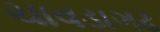
ચાવડાગઢ